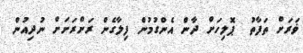
ޥަރަށް ތަފާތު  ޕޮލިހަށް ދާން އެންގުމުން ފިލާގެން ރަށްރަށަށް ނުދިއުން